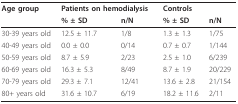
<table><thead><tr><td><b>Age group</b></td><td colspan="2"><b>Patients on hemodialysis</b></td><td colspan="2"><b>Controls</b></td></tr><tr><td></td><td><b>% ± SD</b></td><td><b>n/N</b></td><td><b>% ± SD</b></td><td><b>n/N</b></td></tr></thead><tbody><tr><td>30-39 years old</td><td>12.5 ± 11.7</td><td>1/8</td><td>1.3 ± 1.3</td><td>1/75</td></tr><tr><td>40-49 years old</td><td>0.0 ± 0.0</td><td>0/14</td><td>0.7 ± 0.7</td><td>1/144</td></tr><tr><td>50-59 years old</td><td>8.7 ± 5.9</td><td>2/23</td><td>2.5 ± 1.0</td><td>6/239</td></tr><tr><td>60-69 years old</td><td>16.3 ± 5.3</td><td>8/49</td><td>8.7 ± 1.9</td><td>20/229</td></tr><tr><td>70-79 years old</td><td>29.3 ± 7.1</td><td>12/41</td><td>13.6 ± 2.8</td><td>21/154</td></tr><tr><td>80+ years old</td><td>31.6 ± 10.7</td><td>6/19</td><td>18.2 ± 11.6</td><td>2/11</td></tr></tbody></table>